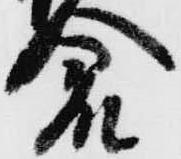
倉